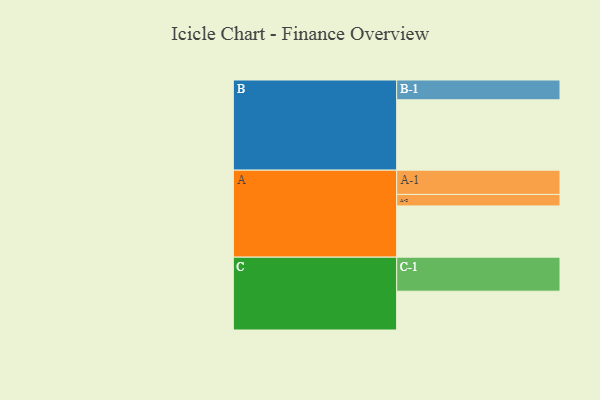
{"axis": {"x": "Segment", "y": "Value"}, "legend": ["", "A", "B", "C"], "data": [{"x": "A", "y": 437, "type": ""}, {"x": "B", "y": 600, "type": ""}, {"x": "C", "y": 331, "type": ""}, {"x": "A-1", "y": 207, "type": "A"}, {"x": "A-2", "y": 98, "type": "A"}, {"x": "B-1", "y": 169, "type": "B"}, {"x": "C-1", "y": 290, "type": "C"}]}